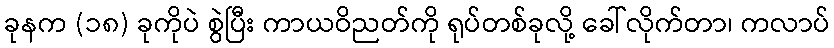
ခုနက (၁၈) ခုကိုပဲ စွဲပြီး ကာယဝိညတ်ကို ရုပ်တစ်ခုလို့ ခေါ်လိုက်တာ၊ ကလာပ်